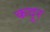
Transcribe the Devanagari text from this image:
कदूर